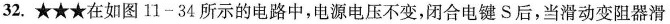
32.★★★在如图11-34所示的电路中，电源电压不变，闭合电键S后，当滑动变阻器滑